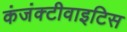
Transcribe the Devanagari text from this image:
कंजंक्टीवाइटिस